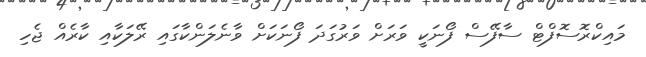
މައިކްރޮސޮފްޓް ސާފޭސް ފޯނަކީ ވަރަށް ވަރުގަދަ ފޯނަކަށް ވާނެލަންކާގައި ރޭލަކާއި ކާރެއް ޖެހި